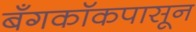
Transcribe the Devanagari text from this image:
बँगकॉकपासून